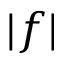
| f |